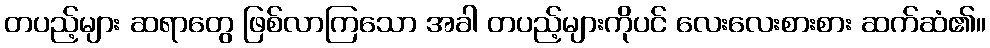
တပည့်များ ဆရာတွေ ဖြစ်လာကြသော အခါ တပည့်များကိုပင် လေးလေးစားစား ဆက်ဆံ၏။